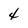
Character: 4